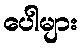
ပေါများ